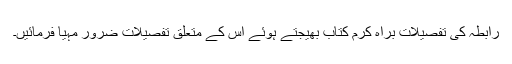
رابطہ کی تفصیلات براہ کرم کتاب بھیجتے ہوئے اس کے متعلق تفصیلات ضرور مہیا فرمائیں۔